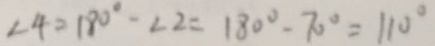
\angle 4 = 1 8 0 ^ { \circ } - \angle 2 = 1 8 0 ^ { \circ } - 7 0 ^ { \circ } = 1 1 0 ^ { \circ }